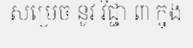
សម្រេច នូវ វិជ្ជា ៣ ក្នុង